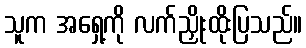
သူက အရှေ့ကို လက်ညှိုးထိုးပြသည်။